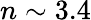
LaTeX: n\sim 3.4